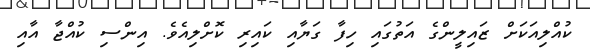
ކުއްލިއަކަށް ޒައިލީންގެ އަތުގައި ހިފާ ގަޔާއި ކައިރި ކޮށްލިއެވެ. އިންސި ކުއްޖާ އާއި